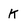
Character: K